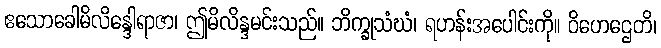
ဧသောခေါမိလိန္ဒေါရာဇာ၊ ဤမိလိန္ဒမင်းသည်။ ဘိက္ခုသံဃံ၊ ရဟန်းအပေါင်းကို။ ဝိဟေဌေတိ၊